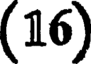
(16)